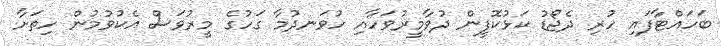
ބަހައްޓާފައި ހުރި ދެޖޯޑު ކަޅުކޮފީން ދުވާމީރުވަހާއި ހުވަނދުމާ ގަހުގެ މީރުވަސް އެކުވުމުން ހިތަށާ